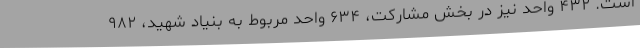
است. ۴۳۲ واحد نیز در بخش مشارکت، ۶۳۴ واحد مربوط به بنیاد شهید، ۹۸۲